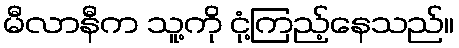
မီလာနီက သူ့ကို ငုံ့ကြည့်နေသည်။